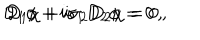
D _ { 1 } \phi + i \sigma _ { 1 } D _ { 2 } \phi = 0 \, , \hspace { 5 m m } D _ { 1 } \chi + i \sigma _ { 2 } D _ { 2 } \chi = 0 \, ,